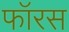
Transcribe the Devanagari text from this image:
फॉरस